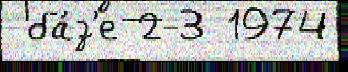
 ба́з'е 2-3 1974